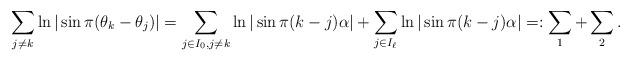
LaTeX: \begin{align*}\sum_{j\neq k} \ln|\sin\pi(\theta_k-\theta_j)|=\sum_{j\in I_0, j\neq k}\ln{|\sin\pi (k-j)\alpha|}+\sum_{j\in I_{\ell}}\ln{|\sin\pi (k-j)\alpha|}=: \sum_{1}+\sum_{2}.\end{align*}